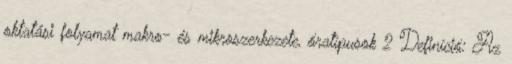
oktatási folyamat makro- és mikroszerkezete, óratípusok 2 Definíció: Az